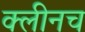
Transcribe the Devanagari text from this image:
क्लीनच